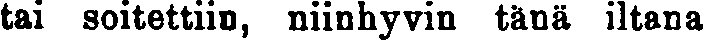
tai soitettiin, niinhyvin tänä iltana